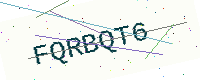
Text: FQRBQT6